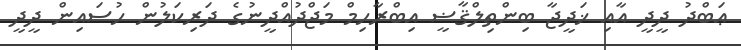
ޢަބްދު ދީދީ އާއި ޚަދީޖާ ބިންތިލްޤާޟީ އިބްރާހިމް މަޖްދުއްދީނުގެ ދަރިކަލުން ހުސައިން ދީދީ